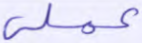
عملي